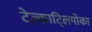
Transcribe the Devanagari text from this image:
टेज़्काट्लिपोका